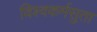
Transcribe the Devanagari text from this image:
विश्वकर्मसुता